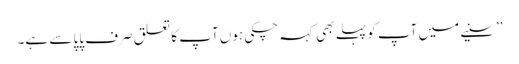
’’سنیے میں آپ کو پہلے بھی کہہ چکی ہوں آپ کا تعلق صرف پاپا سے ہے۔